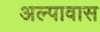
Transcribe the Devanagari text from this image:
अल्पावास